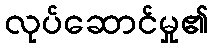
လုပ်ဆောင်မှု၏